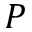
P